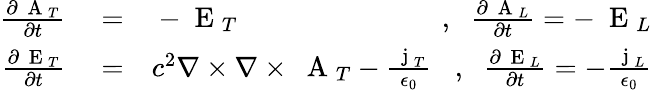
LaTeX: \begin{array}{rlr}{\frac{\partial\mathrm{~\mathbf~A~}_{T}}{\partial t}}&{{}=}&{-\mathrm{~\mathbf~E~}_{T}\; \; \; \; \; \; \; \; \; \; \; \; \; \; \; \; \; \; \; \; \; \; \; \; \; \; ,\; \; \frac{\partial\mathrm{~\mathbf~A~}_{L}}{\partial t}=-\mathrm{~\mathbf~E~}_{L}}\\ {\frac{\partial\mathrm{~\mathbf~E~}_{T}}{\partial t}}&{{}=}&{c^{2}\nabla\times\nabla\times\mathrm{~\mathbf~A~}_{T}-\frac{\mathrm{~\mathbf~j~}_{T}}{\epsilon_{0}}\; \; \; ,\; \; \frac{\partial\mathrm{~\mathbf~E~}_{L}}{\partial t}=-\frac{\mathrm{~\mathbf~j~}_{L}}{\epsilon_{0}}}\end{array}